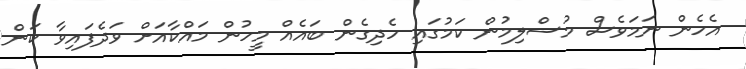
އެހެން ނަމަވެސް މުސްލިމުން ކަމުގައި ހެދިގެން ބައެއް މީހުން މައްކާއަށް ވަދެފައިވާ ކަން